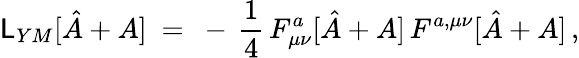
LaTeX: {\cal\mathsf{L}}_{YM}[\hat{{A}}+A]\ =\ -\, \frac{{1}}{{4}}\, F_{\mu\nu}^{a}[\hat{{A}}+A]\, F^{a,\mu\nu}[\hat{{A}}+A]\, ,